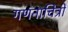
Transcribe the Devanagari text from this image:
गणनाचित्रों